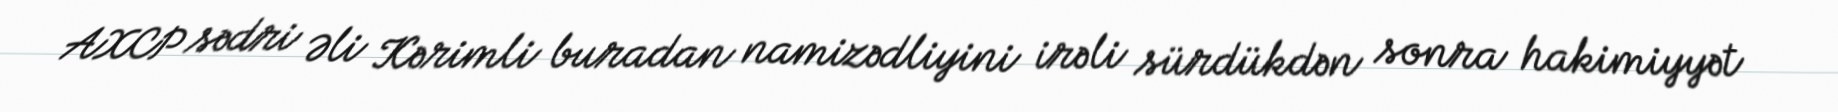
AXCP sədri Əli Kərimli buradan namizədliyini irəli sürdükdən sonra hakimiyyət